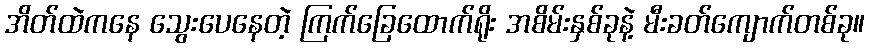
အိတ်ထဲကနေ သွေးပေနေတဲ့ ကြက်ခြေထောက်ရိုး အစိမ်းနှစ်ခုနဲ့ မီးခတ်ကျောက်တစ်ခု။